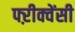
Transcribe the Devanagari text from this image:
फ्ऱीक्वेंसी